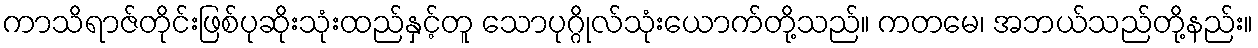
ကာသိရာဇ်တိုင်းဖြစ်ပုဆိုးသုံးထည်နှင့်တူ သောပုဂ္ဂိုလ်သုံးယောက်တို့သည်။ ကတမေ၊ အဘယ်သည်တို့နည်း။